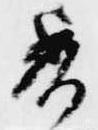
委